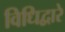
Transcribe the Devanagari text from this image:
विधिद्वारे